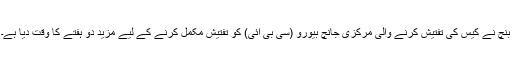
بنچ نے کیس کی تفتیش کرنے والی مرکزی جانچ بیورو (سی بی آئی) کو تفتیش مکمل کرنے کے لیے مزید دو ہفتے کا وقت دیا ہے۔